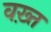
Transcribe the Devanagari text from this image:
वख़्त